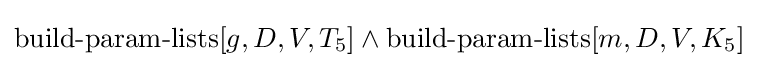
\operatorname {build-param-lists} [g,D,V,T_{5}]\land \operatorname {build-param-lists} [m,D,V,K_{5}]